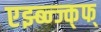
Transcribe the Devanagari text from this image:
एझ्ब्न्ज्क्फ्